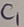
Text: C1